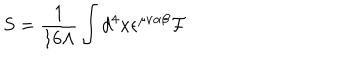
S = \frac 1 { 1 6 \Lambda } \int d ^ { 4 } x { } \epsilon ^ { \mu \nu \alpha \beta } { } { \cal F }